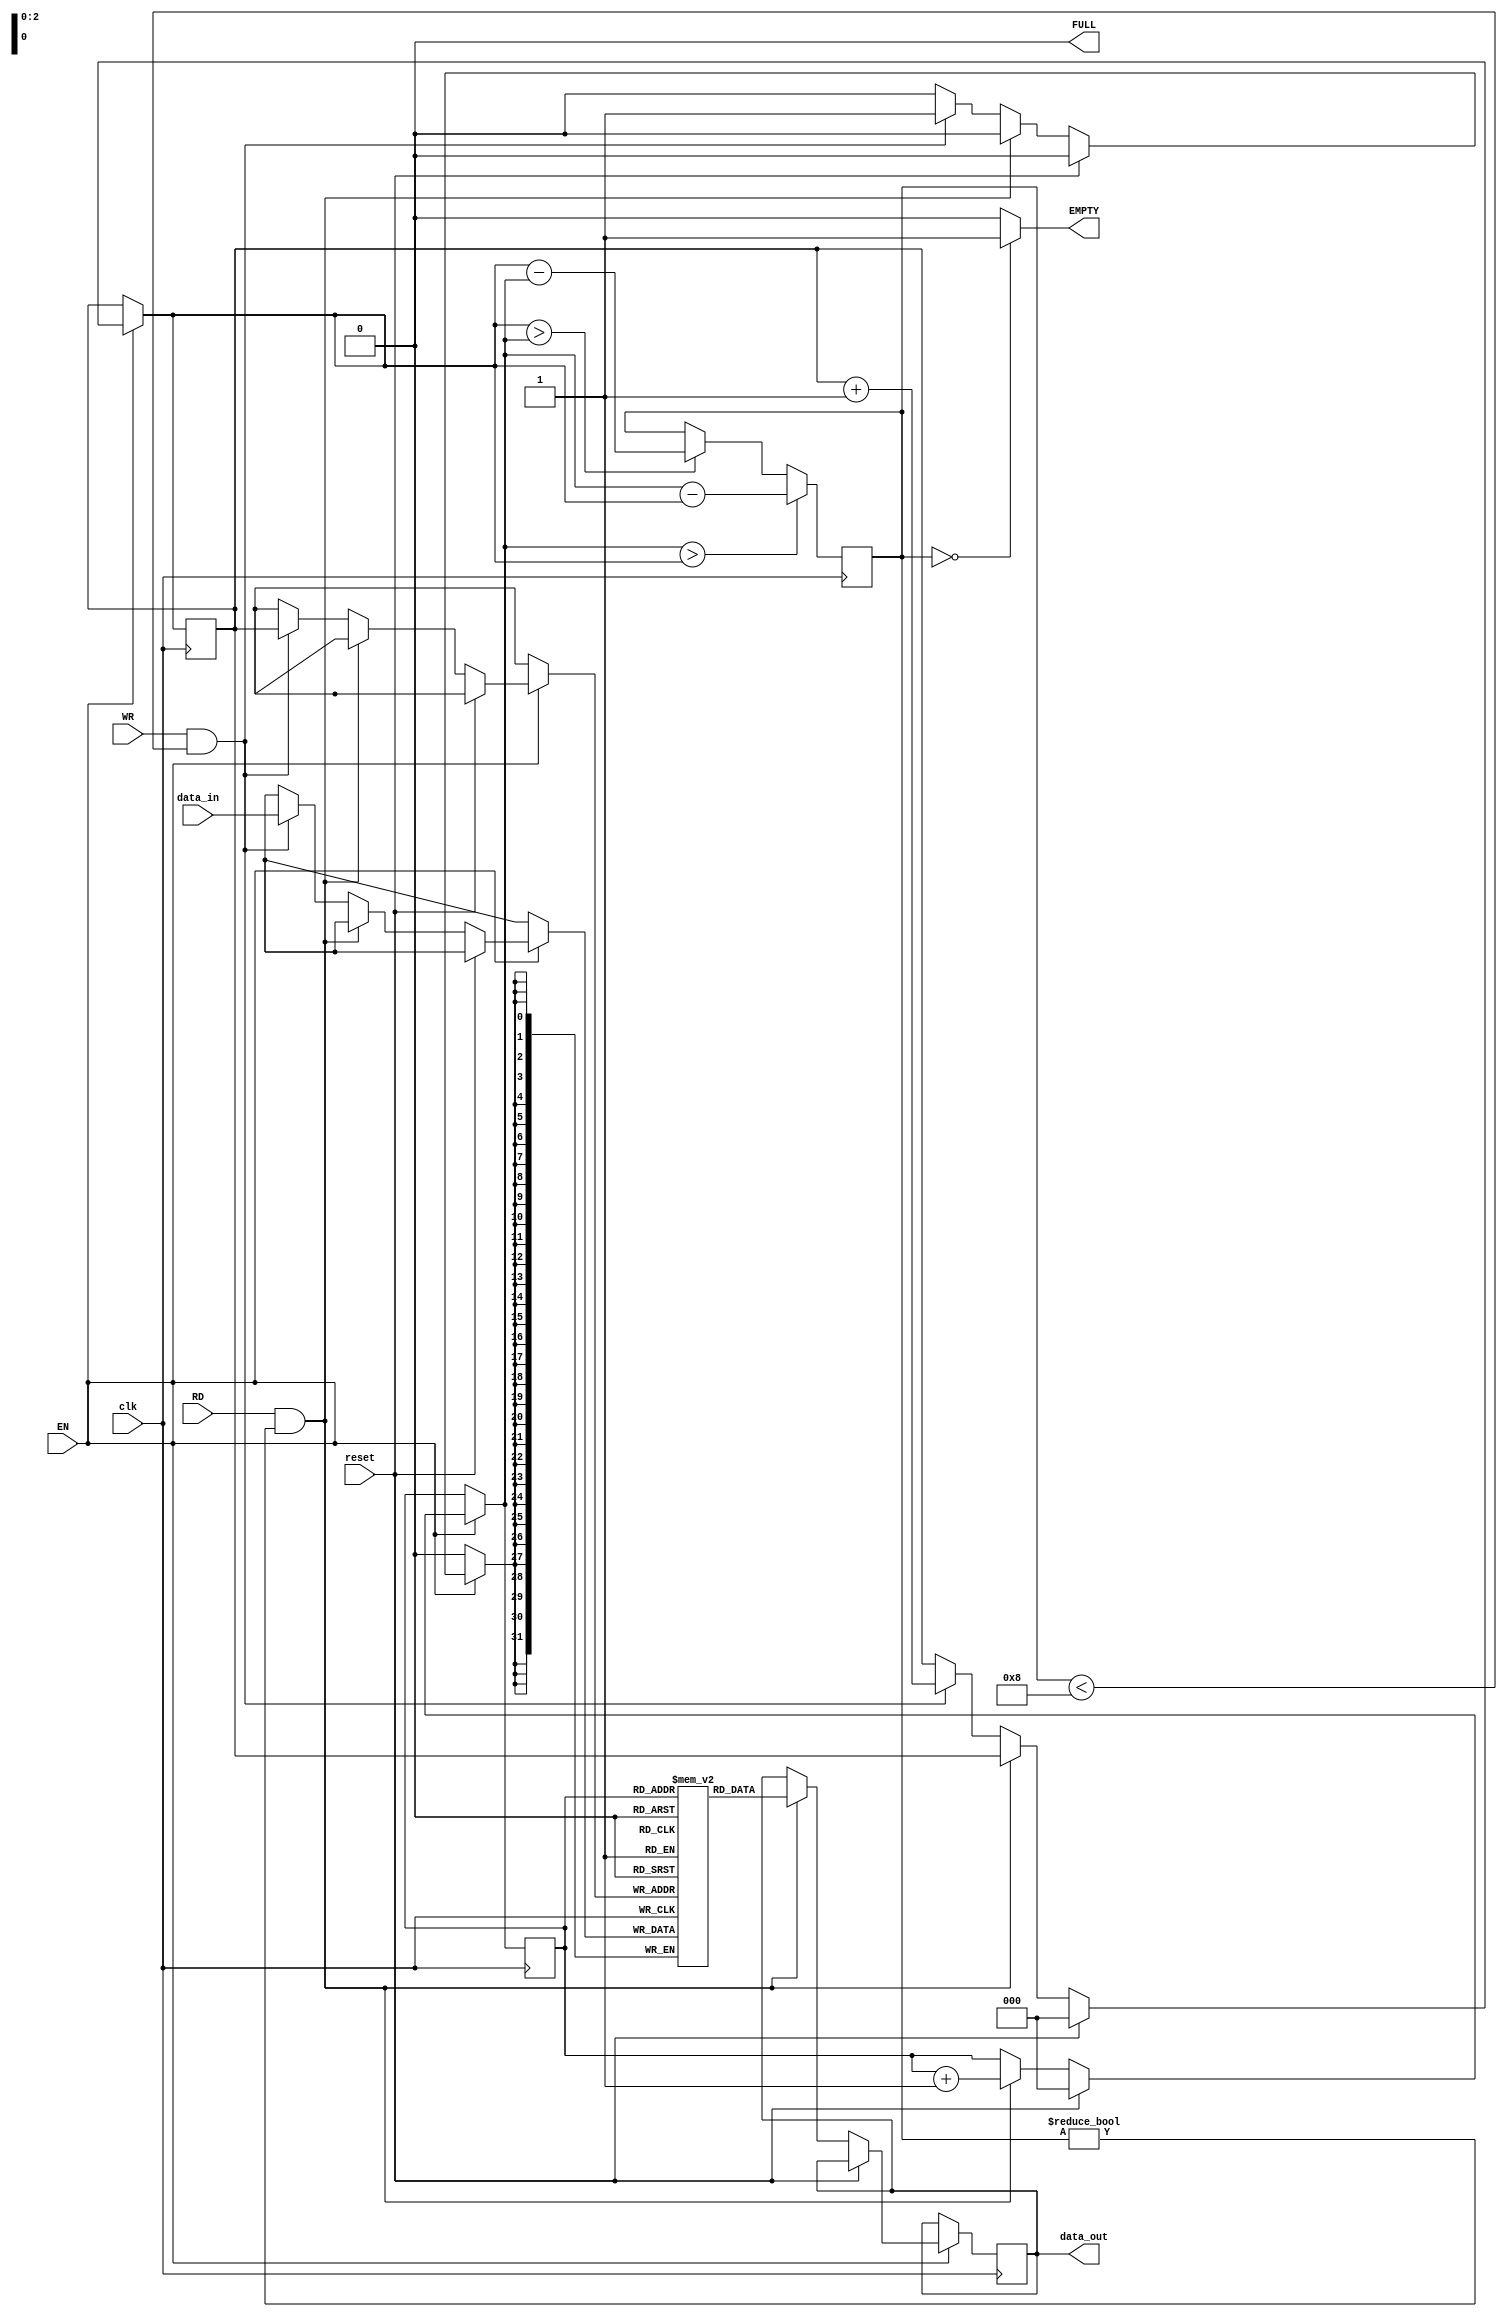

module FIFO(
  input clk,
  input reset,
  input [31:0] data_in,
  input EN,
  input RD,
  input WR,
  output EMPTY,
  output FULL,
  output reg [31:0] data_out
);

reg [2:0]count = 0;
reg [2:0]read_counter = 0;
reg [2:0]write_counter = 0;
reg [31:0]FIFO [0:7];
assign FULL = (count == 8)? 1'b1: 1'b0;
assign EMPTY = (count == 0)?1'b1:1'b0;

always@(posedge clk)
  begin
    if(EN == 0);
    else
      begin
        if(reset == 1)
          begin
            read_counter = 0;
            write_counter = 0;
          end
      else if(RD == 1'b1 && count!= 0)
      begin
        data_out = FIFO[read_counter];
        read_counter = read_counter + 1;
      end
    else if(WR == 1'b1 && count< 8 )
      begin
        FIFO[write_counter] = data_in;
        write_counter = write_counter + 1;
      end
        else;
      end
    if(read_counter == 8)
      begin
        read_counter = 0;
      end
    else if(write_counter == 8)
      begin
        write_counter = 0;
      end
    else if(read_counter > write_counter)
      begin
        count = read_counter - write_counter;
      end
    else if(write_counter > read_counter)
      begin
        count = write_counter - read_counter;
      end
    else;
  end
endmodule